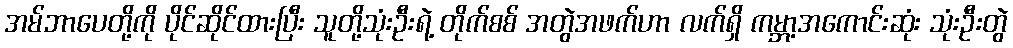
အမ်ဘာပေတို့ကို ပိုင်ဆိုင်ထားပြီး သူတို့သုံးဦးရဲ့ တိုက်စစ် အတွဲအဖက်ဟာ လက်ရှိ ကမ္ဘာ့အကောင်းဆုံး သုံးဦးတွဲ